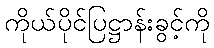
ကိုယ်ပိုင်ပြဋ္ဌာန်းခွင့်ကို